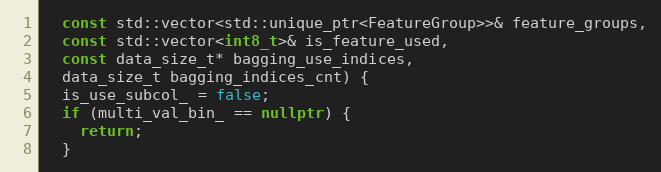
Language: C++
  const std::vector<std::unique_ptr<FeatureGroup>>& feature_groups,
  const std::vector<int8_t>& is_feature_used,
  const data_size_t* bagging_use_indices,
  data_size_t bagging_indices_cnt) {
  is_use_subcol_ = false;
  if (multi_val_bin_ == nullptr) {
    return;
  }